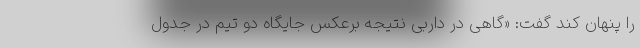
را پنهان کند گفت: «گاهی در داربی نتیجه برعکس جایگاه دو تیم در جدول